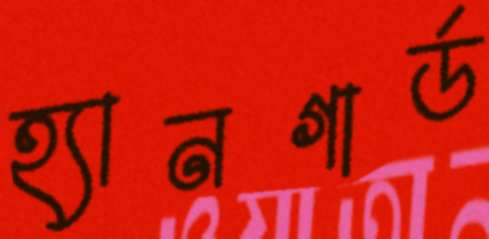
হ্যানগার্ড